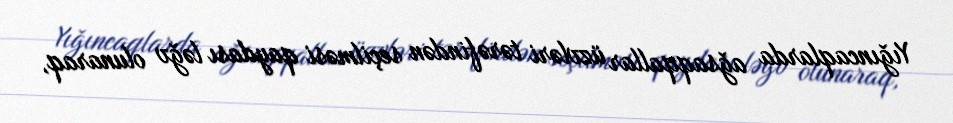
Yıǧıncaqlarda aǧsaqqallar üzvləri tərəfindən seçilməsi qaydası ləǧv olunaraq,